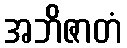
အဘိဇာတံ